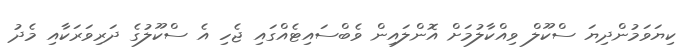
ކިޔަވަމުންދިޔަ ސްކޫލް ވިއްކާލުމަށް އޮންލައިން ވެބްސައިޓެއްގައި ޖެހި އެ ސްކޫލުގެ ދަރިވަރަކާއި މެދު